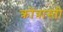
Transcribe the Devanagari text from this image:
क्रोंत्रास्ती